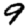
Digit: 9